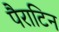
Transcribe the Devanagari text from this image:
पैराटिन